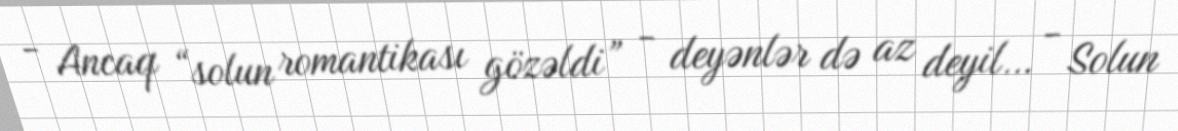
- Ancaq “solun romantikası gözəldi” - deyənlər də az deyil… - Solun